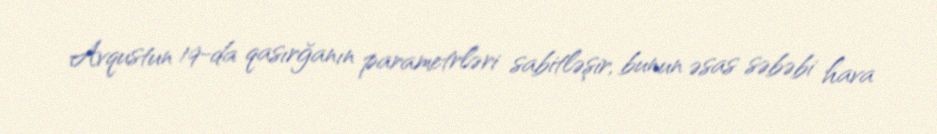
Avqustun 19-da qasırğanın parametrləri sabitləşir, bunun əsas səbəbi hava